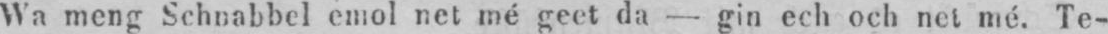
Wa meng Schnabbel emol net mé geet da - gin ech och net mé. Te-